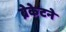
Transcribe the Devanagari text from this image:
ब्रेकेटने